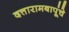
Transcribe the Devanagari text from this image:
दत्तारामबापूंचे